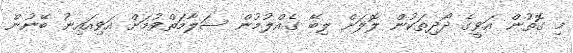
މި ގޮތުން އަވީގެ ދޯދިތަކުން ލޮލަށް ލިބޭ ގެއްލުމުން ސަލާމަތްވުމަށް އަވިއައިނު ބޭނުން